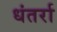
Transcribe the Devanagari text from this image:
धंतर्रा